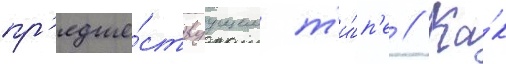
пр'едше́ствуущем т'и́п'е // Ка́к